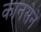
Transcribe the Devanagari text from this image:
कानसेने